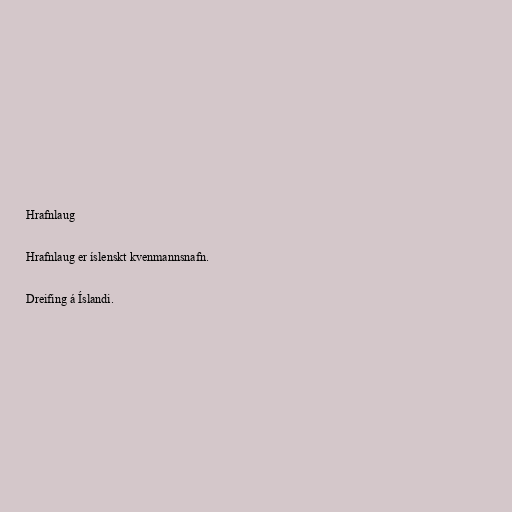
Hrafnlaug

Hrafnlaug er íslenskt kvenmannsnafn.

Dreifing á Íslandi.